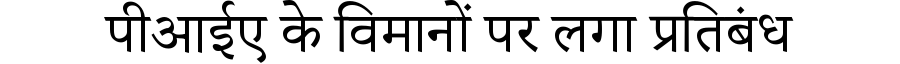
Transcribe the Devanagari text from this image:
पीआईए के विमानों पर लगा प्रतिबंध